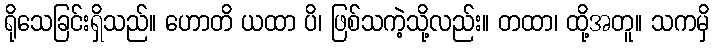
ရိုသေခြင်းရှိသည်။ ဟောတိ ယထာ ပိ၊ ဖြစ်သကဲ့သို့လည်း။ တထာ၊ ထို့အတူ။ သကမှိ